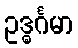
ဥဒ္ဓင်္ဂမာ